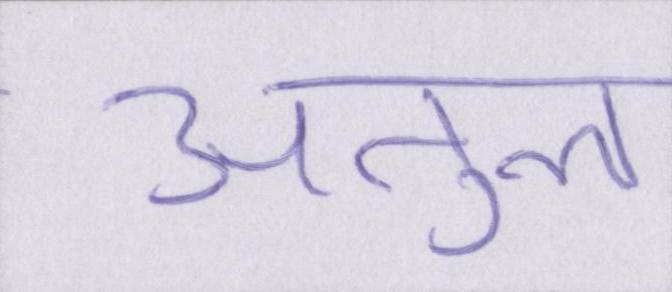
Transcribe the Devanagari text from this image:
अतुल